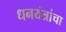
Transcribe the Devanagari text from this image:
धनयंत्रांचा